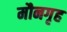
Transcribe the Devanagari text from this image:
मौनगृह